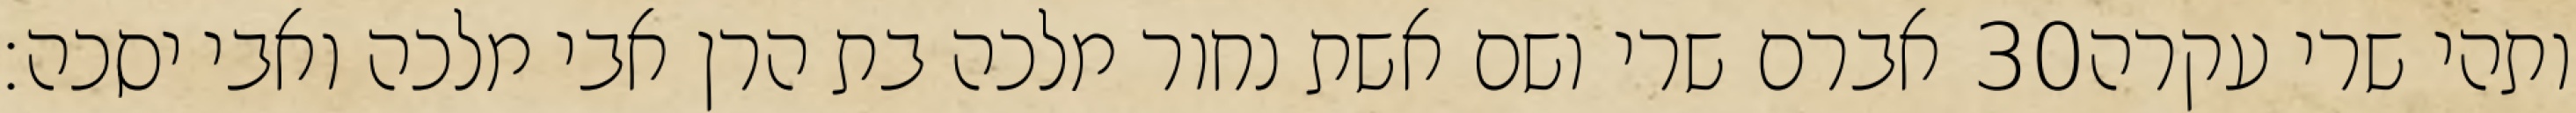
אברם שרי ושם אשת נחור מלכה בת הרן אבי מלכה ואבי יסכה׃ ‎30‏ ותהי שרי עקרה